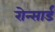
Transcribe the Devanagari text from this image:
रोन्सार्ड